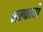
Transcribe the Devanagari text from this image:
सल्फारो